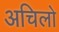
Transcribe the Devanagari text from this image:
अचिलो